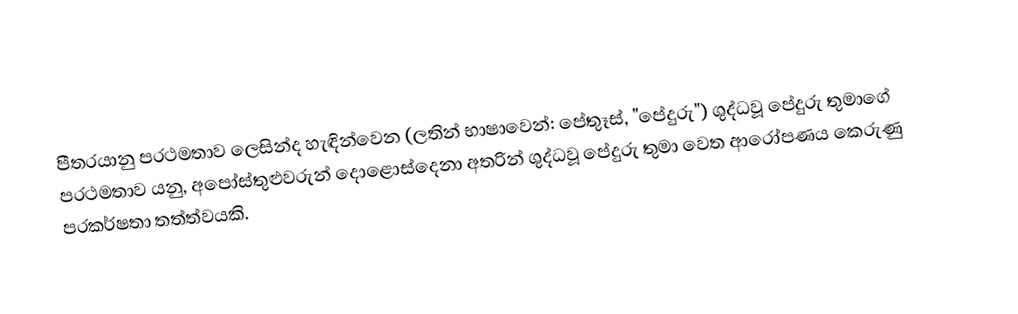
පීතරයානු ප‍්‍රථමතාව ලෙසින්ද හැඳින්වෙන (ලතින් භාෂාවෙන්: පේතුෑස්, "පේදුරු") ශුද්ධවූ පේදුරු තුමාගේ ප‍්‍රථමතාව යනු, අපෝස්තුළුවරුන් දොළොස්දෙනා අතරින් ශුද්ධවූ පේදුරු තුමා වෙත ආරෝපණය කෙරුණු ප‍්‍රකර්ෂතා තත්ත්වයකි.